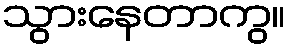
သွားနေတာကွ။